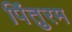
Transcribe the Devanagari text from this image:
पिंतुरम